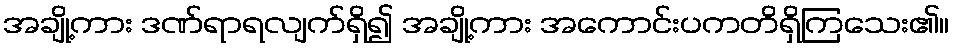
အချို့ကား ဒဏ်ရာရလျက်ရှိ၍ အချို့ကား အကောင်းပကတိရှိကြသေး၏။